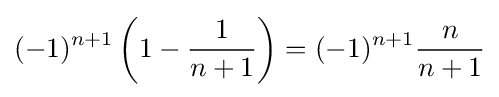
(-1)^{n+1}\left(1-{\frac {1}{n+1}}\right)=(-1)^{n+1}{\frac {n}{n+1}}